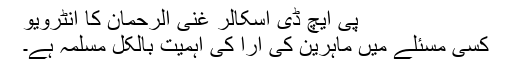
پی ایچ ڈی اسکالر غنی الرحمان کا انٹرویو
کسی مسئلے میں ماہرین کی آرا کی اہمیت بالکل مسلّمہ ہے۔